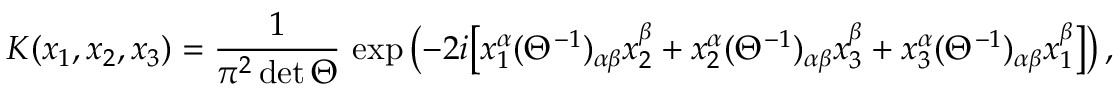
K ( x _ { 1 } , x _ { 2 } , x _ { 3 } ) = \frac { 1 } { \pi ^ { 2 } \operatorname * { d e t } \Theta } \, \exp \left( - 2 i \bigl [ x _ { 1 } ^ { \alpha } ( \Theta ^ { - 1 } ) _ { \alpha \beta } x _ { 2 } ^ { \beta } + x _ { 2 } ^ { \alpha } ( \Theta ^ { - 1 } ) _ { \alpha \beta } x _ { 3 } ^ { \beta } + x _ { 3 } ^ { \alpha } ( \Theta ^ { - 1 } ) _ { \alpha \beta } x _ { 1 } ^ { \beta } \bigr ] \right) ,